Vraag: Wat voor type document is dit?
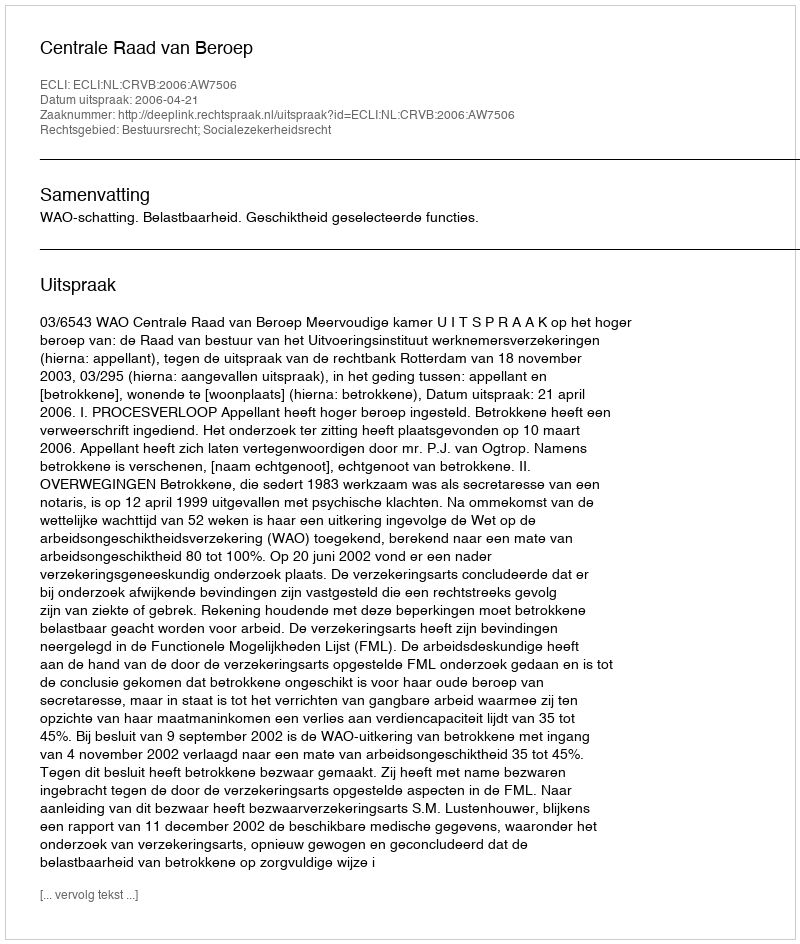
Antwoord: Uitspraak